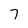
Character: 7